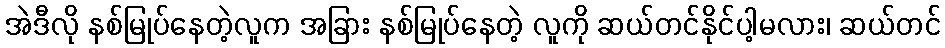
အဲဒီလို နစ်မြုပ်နေတဲ့လူက အခြား နစ်မြုပ်နေတဲ့ လူကို ဆယ်တင်နိုင်ပါ့မလား၊ ဆယ်တင်